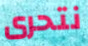
نتحرى